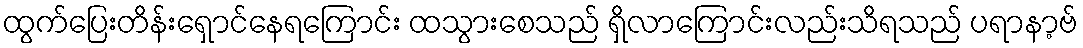
ထွက်ပြေးတိန်းရှောင်နေရကြောင်း ထသွားစေသည် ရှိလာကြောင်းလည်းသိရသည် ပရာနာ့ဗ်